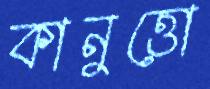
কানুত্তো